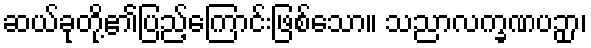
ဆယ်ခုတို့၏ပြည့်ကြောင်းဖြစ်သော။ သညာလက္ခဏပဉှာ၊